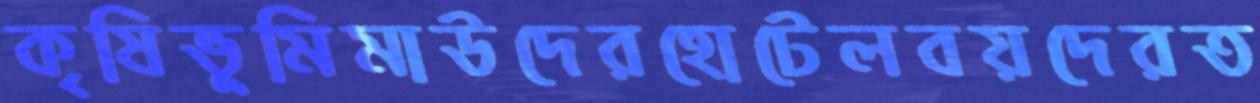
কৃষিভূমিমাউদেরহোটেলবয়দেরত